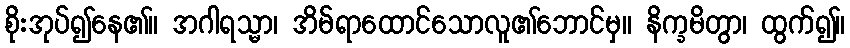
စိုးအုပ်၍နေ၏။ အဂါရသ္မာ၊ အိမ်ရာထောင်သောလူ၏ဘောင်မှ။ နိက္ခမိတွာ၊ ထွက်၍။